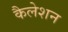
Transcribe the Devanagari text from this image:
कैलेशन